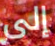
إلى